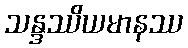
သန္ဒဿိယမာနဿ